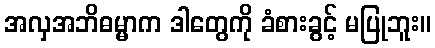
အလှအဘိဓမ္မာက ဒါတွေကို ခံစားခွင့် မပြုဘူး။